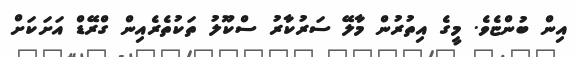
އިން ބުންޏެވެ. މީގެ އިތުރުން މާލޭ ސަރުކާރު ސްކޫލު ތަކުތެރެއިން ގްރޭޑް އަށަކަށް